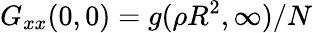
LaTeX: G_{xx}(0,0)=g(\rho R^{2},\infty)/N